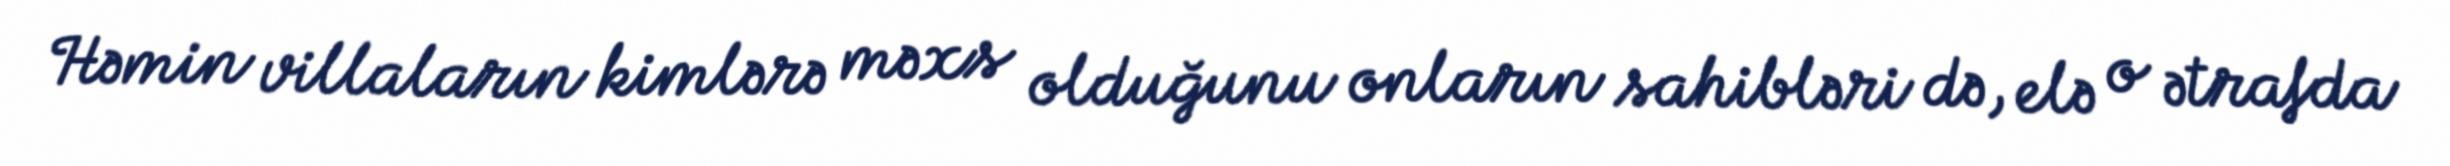
Həmin villaların kimlərə məxs olduğunu onların sahibləri də, elə o ətrafda